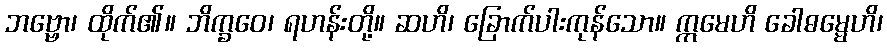
ဘဗ္ဗော၊ ထိုက်၏။ ဘိက္ခဝေ၊ ရဟန်းတို့။ ဆဟိ၊ ခြောက်ပါးကုန်သော။ ဣမေဟိ ခေါဓမ္မေဟိ၊